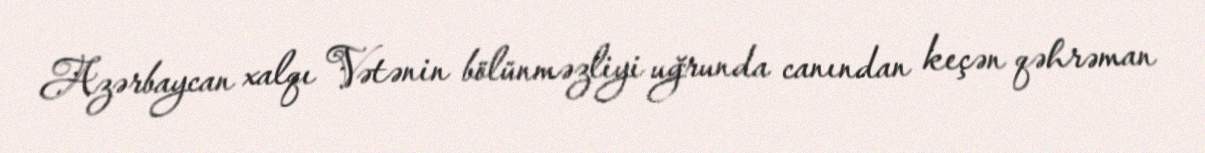
Azərbaycan xalqı Vətənin bölünməzliyi uğrunda canından keçən qəhrəman